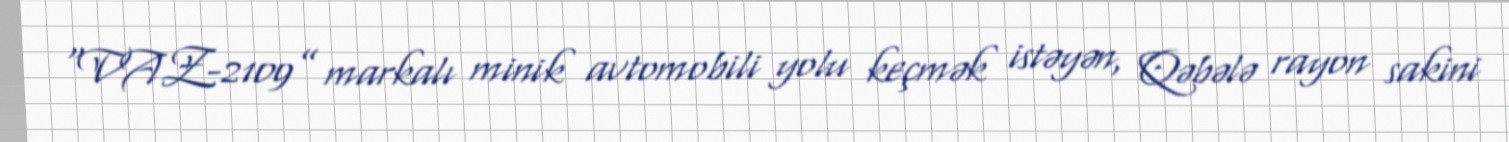
“VAZ-2109” markalı minik avtomobili yolu keçmək istəyən, Qəbələ rayon sakini